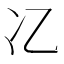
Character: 𫤾